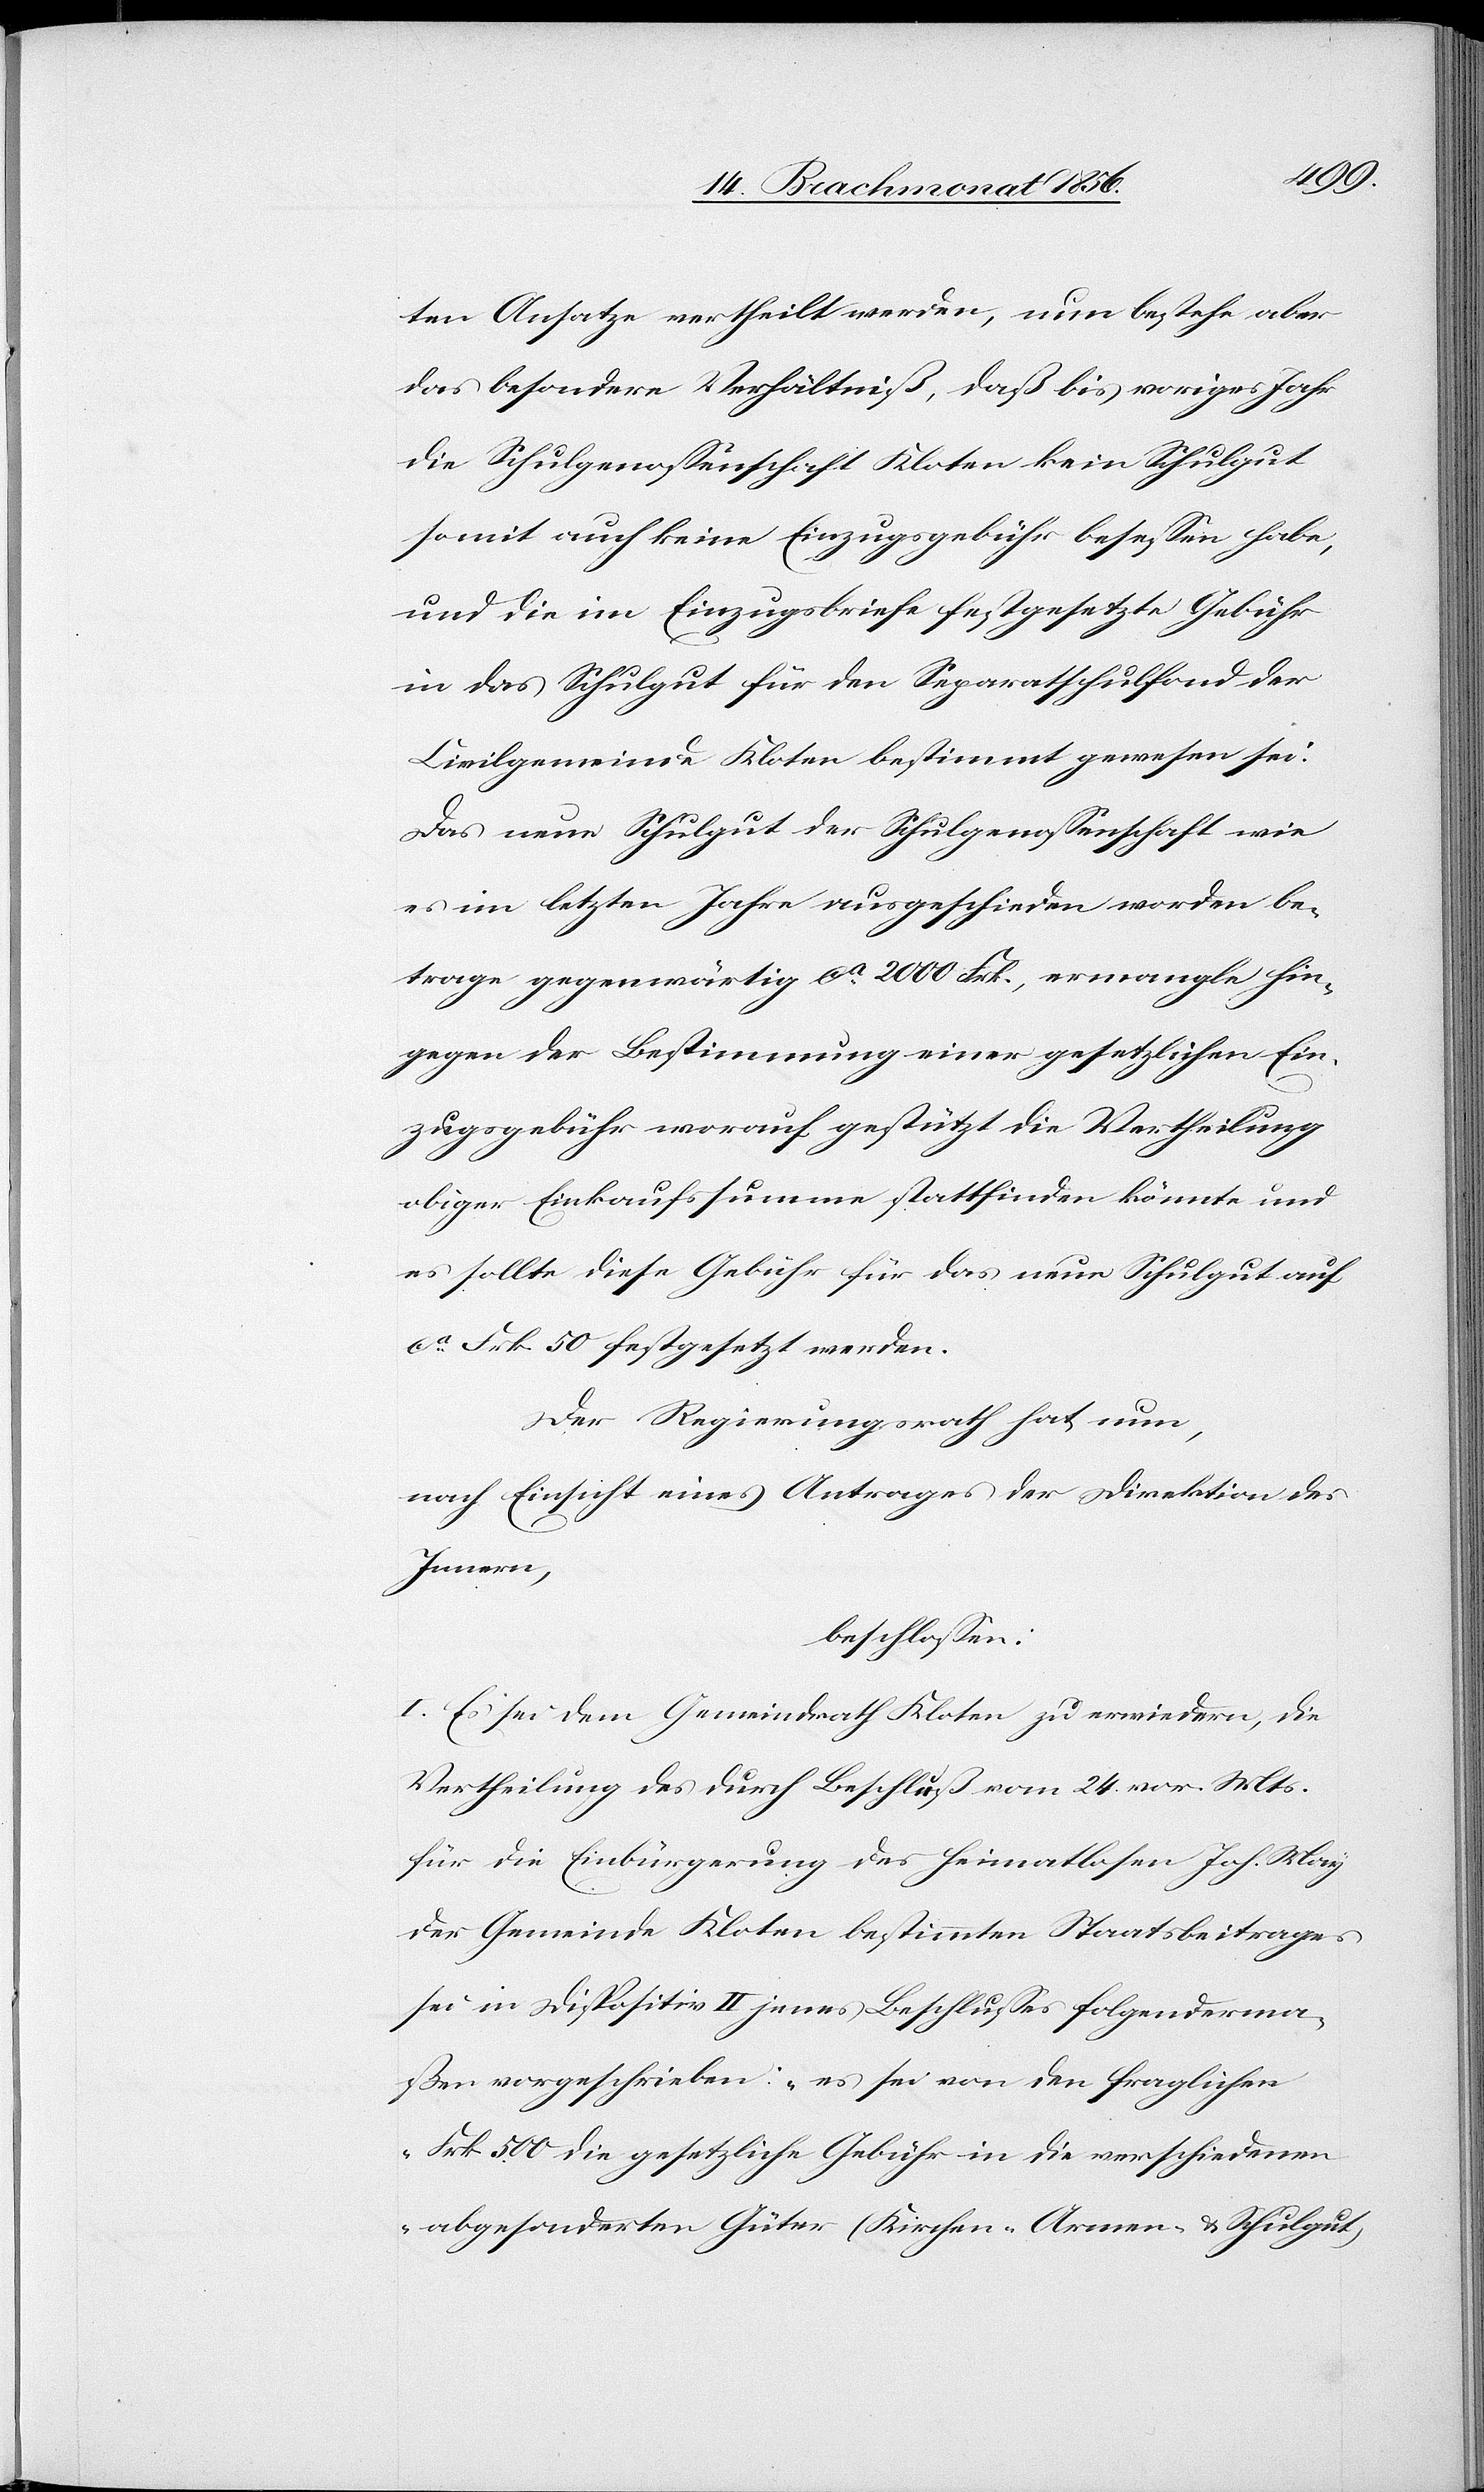
ten Ansatze vertheilt werden, nun bestehe aber
das besondere Verhältniß, daß bis voriges Jahr
die Schulgenossenschaft Kloten kein Schulgut
somit auch keine Einzugsgebühr besessen habe,
und die im Einzugsbriefe festgesetzte Gebühr
in das Schulgut für den Separatschulfond der
Civilgemeinde Kloten bestimmt gewesen sei.
Das neue Schulgut der Schulgenossenschaft wie
es im letzten Jahre ausgeschieden worden be¬
trage gegenwärtig ca 2000 Frk., ermangle hin¬
gegen der Bestimmung einer gesetzlichen Ein¬
zugsgebühr worauf gestützt die Vertheilung
obiger Einkaufssumme stattfinden könnte und
es sollte diese Gebühr für das neue Schulgut auf
ca Frk. 50 festgesetzt werden.
Der Regierungsrath hat nun,
nach Einsicht eines Antrages der Direktion des
Innern,
beschlossen:
I. Es sei dem Gemeindrath Kloten zu erwiedern, die
Vertheilung des durch Beschluß vom 24. vor. Mts.
für die Einbürgerung des heimatlosen Joh. May
der Gemeinde Kloten bestimmten Staatsbeitrages
sei in Dispositiv II jenes Beschlusses folgenderma¬
ßen vorgeschrieben: "es sei von den fraglichen
Frk. 500 die gesetzliche Gebühr in die verschiedenen
abgesonderten Güter (Kirchen-[,] Armen- & Schulgut)